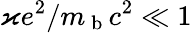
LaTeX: \varkappa e^{2}/m_{\mathrm{~b~}}c^{2}\ll 1